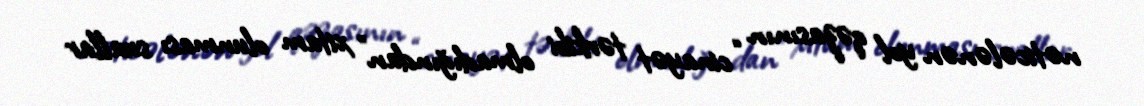
nəticələnən yol qəzasının “cinayət tərkibi olmadığından” xitam olunması suallar